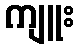
ကျူး